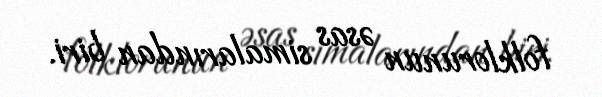
folklorunun əsas simalarından biri.